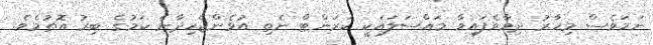
ނަމަވެސް މިހާރު ދިމާވެފައިވާ މައްސަލައަކީ ކަރަންޓް ނެތި އުޅެންޖެހިދާނެ ކަމުގެ ބިރު އޮތުމެވެ.